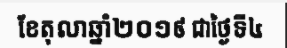
ខែតុលាឆ្នាំ២០១៩ ជាថ្ងៃទី៤